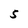
Character: S